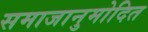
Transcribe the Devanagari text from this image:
समाजानुमोदित